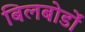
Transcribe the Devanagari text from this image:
बिलबोर्डों